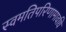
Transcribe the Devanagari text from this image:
स्वमतिपरिणामावधि